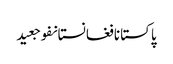
پاکستانافغانستانفوجعید